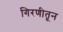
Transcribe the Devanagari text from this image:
गिरणीतून